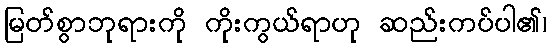
မြတ်စွာဘုရားကို ကိုးကွယ်ရာဟု ဆည်းကပ်ပါ၏၊